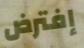
إفترض